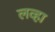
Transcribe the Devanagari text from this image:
लव्हा